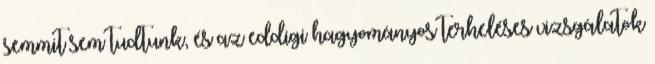
semmit sem tudtunk, és az eddigi hagyományos terheléses vizsgálatok